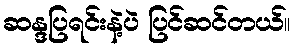
ဆန္ဒပြရင်းနဲ့ပဲ ပြင်ဆင်တယ်။